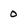
Character: 0